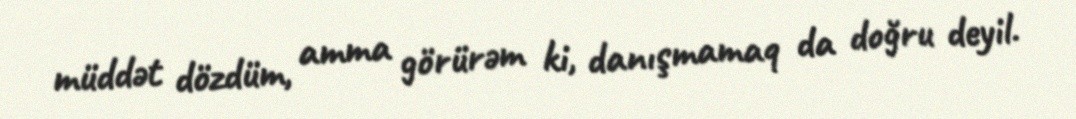
müddət dözdüm, amma görürəm ki, danışmamaq da doğru deyil.